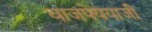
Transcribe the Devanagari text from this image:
वाजपेययाजी